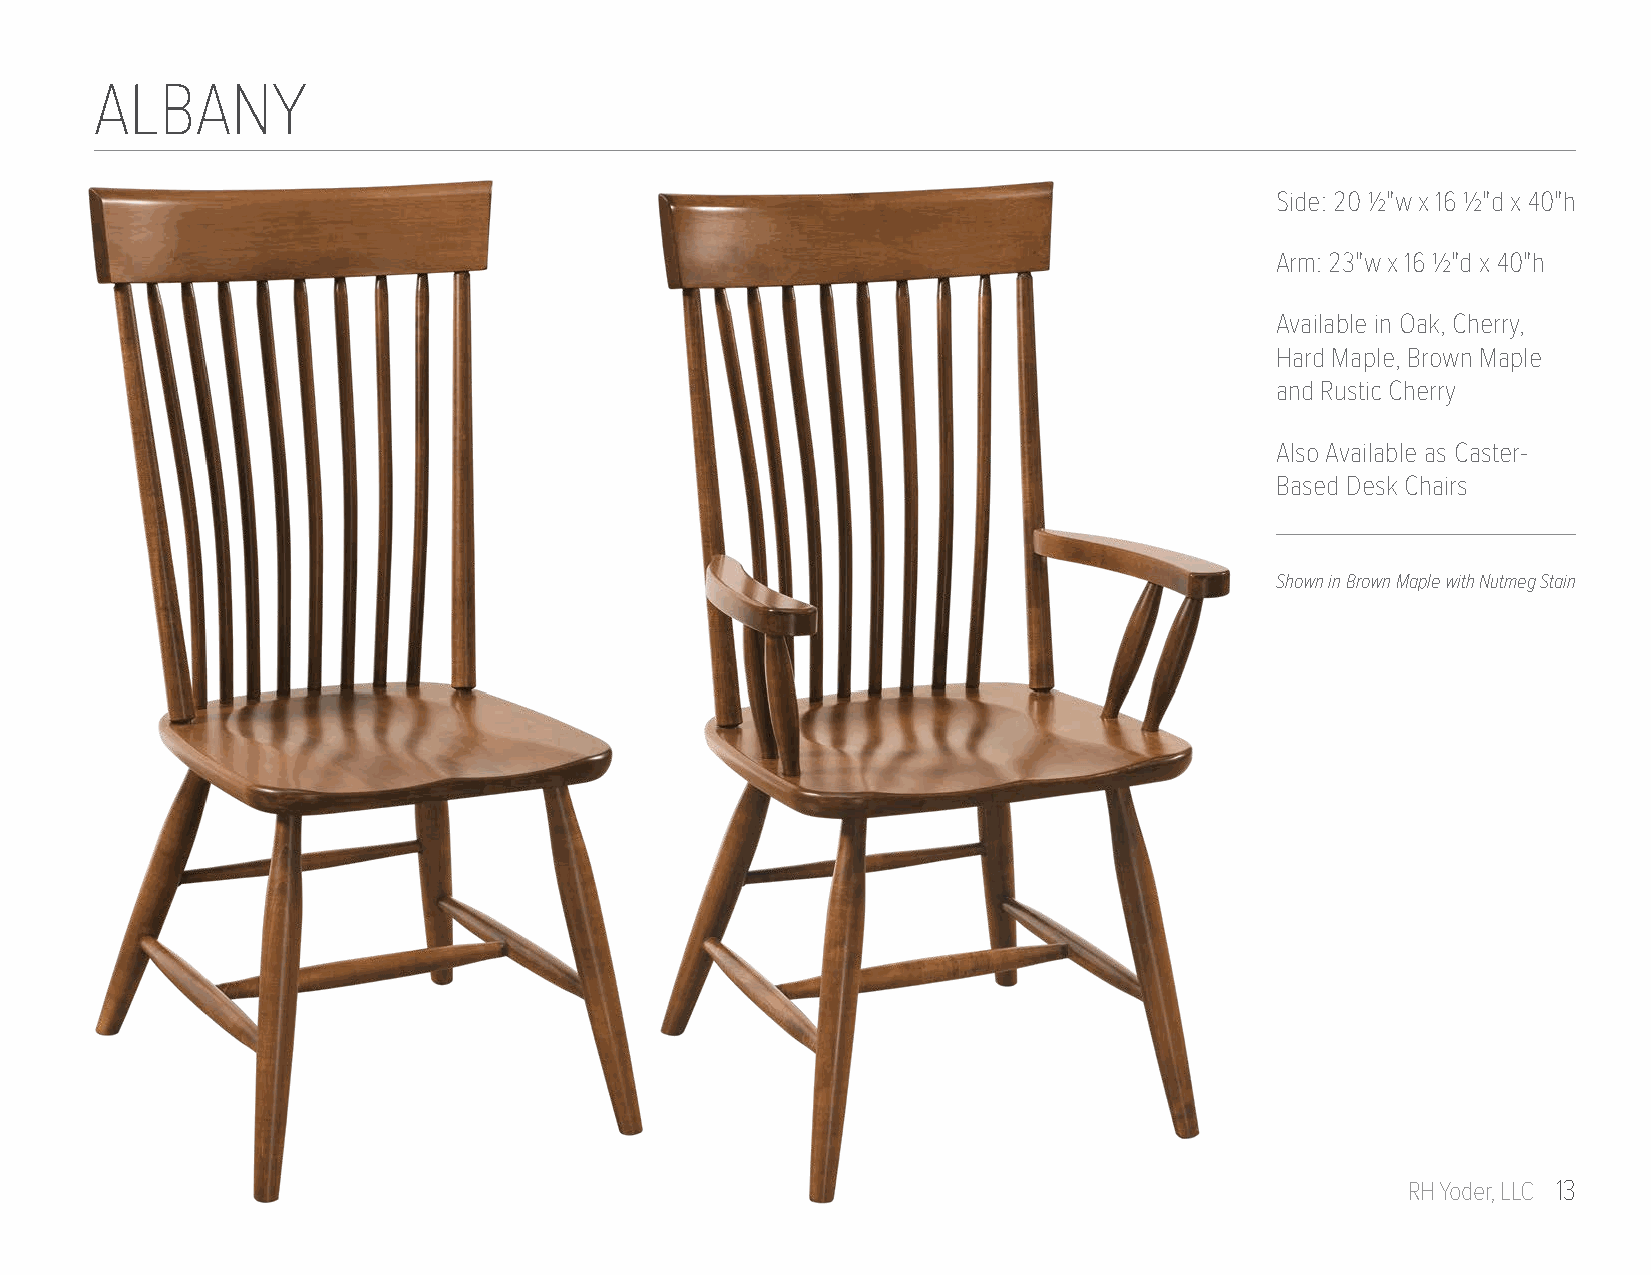
ALBANY
 Side: 20 1/2"w x 16 1/2"d x 40"h
 Arm: 23"w x 16 1/2"d x 40"h
 Available in Oak, Cherry,
 Hard Maple, Brown Maple
 and Rustic Cherry
 Also Available as Caster-
 Based Desk Chairs
 Shown in Brown Maple with Nutmeg Stain
 RH Yoder, LLC 13